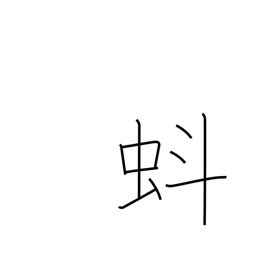
Meaning: tadpole